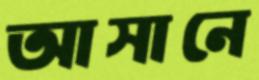
আসানে